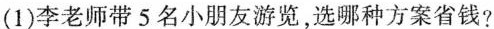
(1)李老师带5名小朋友游览，选哪种方案省钱?